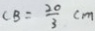
C B = \frac { 2 0 } { 3 } c m